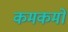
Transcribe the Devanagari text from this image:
कमकमों